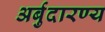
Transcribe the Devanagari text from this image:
अर्बुदारण्य